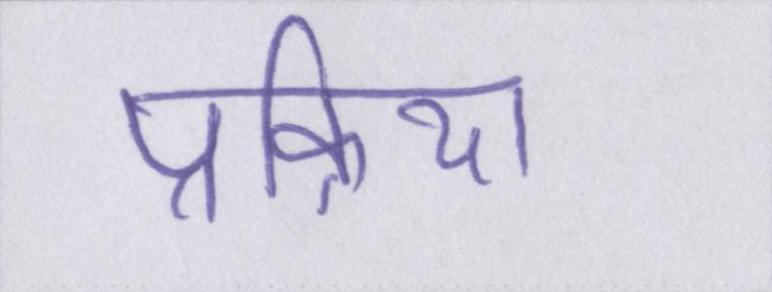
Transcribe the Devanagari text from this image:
प्रक्रिया